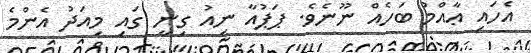
އެހައި ޢާއްމު ބަހެއް ނޫނެވެ. ޕަޕުއާ ނިއު ގިނީ ގައި މިއަދު އެންމެ